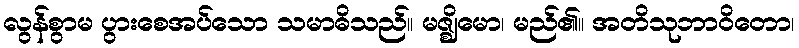
လွန်စွာမ ပွားစေအပ်သော သမာဓိသည်။ မဇ္ဈိမော၊ မည်၏။ အတိသုဘာဝိတော၊